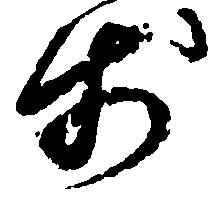
歩